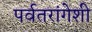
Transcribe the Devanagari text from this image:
पर्वतरांगेशी